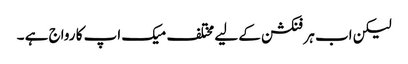
لیکن اب ہر فنکشن کے لیے مختلف میک اپ کا رواج ہے ۔